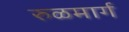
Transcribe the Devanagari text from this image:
रुळमार्ग